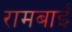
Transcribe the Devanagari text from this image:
रामबाईं